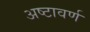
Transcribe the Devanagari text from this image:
अष्टावर्ण